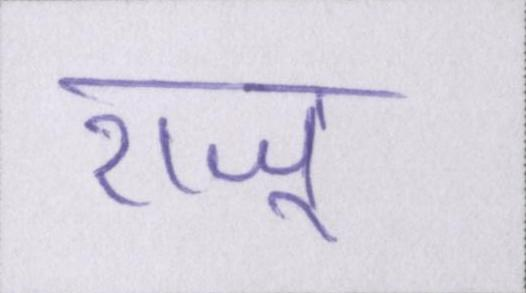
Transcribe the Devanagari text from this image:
राजू